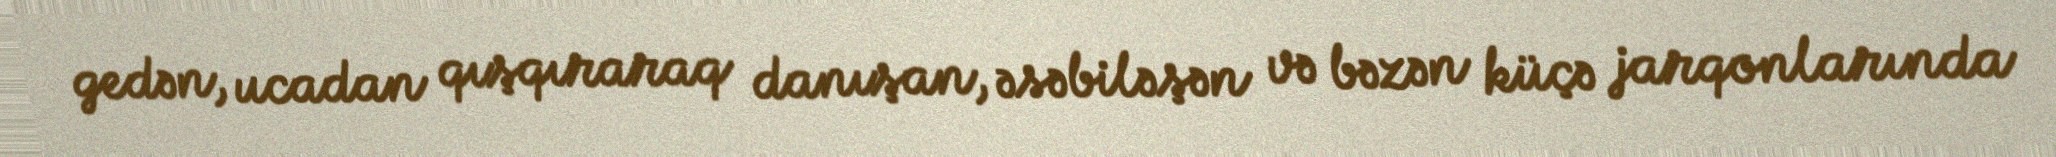
gedən, ucadan qışqıraraq danışan, əsəbiləşən və bəzən küçə jarqonlarında